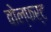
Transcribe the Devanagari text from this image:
वोल्फर्ट